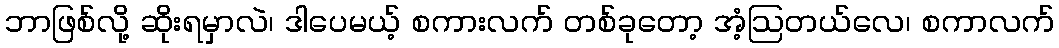
ဘာဖြစ်လို့ ဆိုးရမှာလဲ၊ ဒါပေမယ့် စကားလက် တစ်ခုတော့ အံ့ဩတယ်လေ၊ စကာလက်